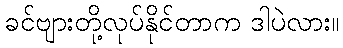
ခင်ဗျားတို့လုပ်နိုင်တာက ဒါပဲလား။